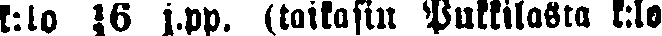
k:lo ½6 j.pp. (taikasin Puttilasta k:lo